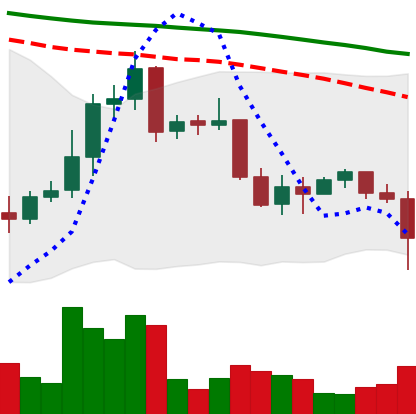
Ticker: XRP-USD
Chart end date: 2022-01-05
Forward return: -4.523%
Label: down_3_5